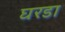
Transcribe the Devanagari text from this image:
घरडा